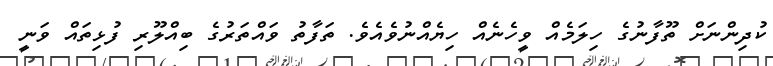
ކުދިންނަށް ތޫފާނުގެ ހިލަމެއް ވީހެނެއް ހިޔެއްނުވެއެވެ. ތަފާތު ވައްތަރުގެ ބިއްލޫރި ފުޅިތައް ވަނީ